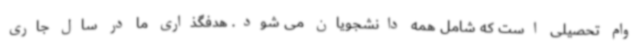
وام تحصیلی است که شامل همه دانشجویان می شود. هدفگذاری ما در سال جاری